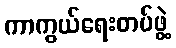
ကာကွယ်ရေးတပ်ဖွဲ့